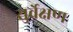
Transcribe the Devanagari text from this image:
सुर्वेक्षण